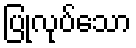
ပြုလုပ်သော